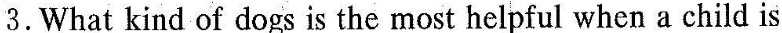
3.What kind of dogs is the most helpful when a child is